Medical and sanitary report of the native army of Bengal for the year
Year: 1877
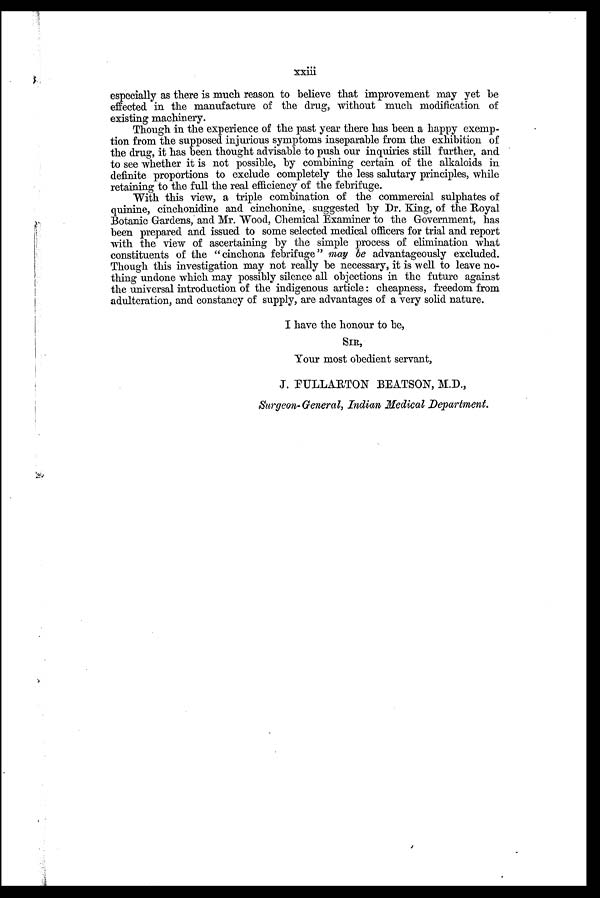
especially as there is much reason to believe that improvement may yet be
effected. in the manufacture of the drug, without much modification of
existing machinery.
Though in the experience of the past year there has been a happy exemp-
tion from the supposed injurious symptoms inseparable from the exhibition of
the drug, it has been thought advisable to push our inquiries still further, and
to see whether it is not possible, by combining certain of the alkaloids in
definite proportions to exclude completely the less salutary principles, while
retaining to the full the real efficiency of the febrifuge.
With this view, a triple combination of the commercial sulphates of
quinine, cinchonidine and. cinchonine, suggested by Dr. King, of the Royal
Botanic Gardens, and. Mr. Wood, Chemical Examiner to the Government, has
been prepared and issued to some selected. medical officers for trial and report
with the view of ascertaining by the simple process of elimination what
constituents of the " cinchona febrifuge " may be advantageously excluded.
Though this investigation may not really be necessary, it is well to leave no-
thing undone which may possibly silence all objections in the future against
the universal introduction of the indigenous article : cheapness, freedom from
adulteration, and constancy of supply, are advantages of a very solid nature.
I have the honour to be,
SIR,
Your most obedient servant,
J. FULLARTON BEATSON, M.D.,
Surgeon- General, Indian Medical Department.